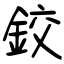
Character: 鉸